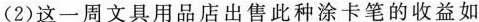
(2)这一周文具用品店出售此种涂卡笔的收益如